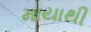
માયાથી